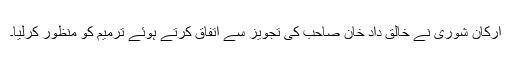
ارکان شوریٰ نے خالق داد خان صاحب کی تجویز سے اتفاق کرتے ہوئے ترمیم کو منظور کرلیا۔